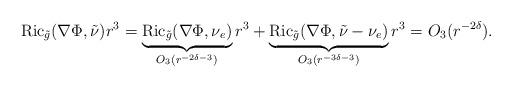
LaTeX: \begin{align*}\mathrm{Ric}_{\tilde{g}}(\nabla\Phi,\tilde{\nu})r^{3}&=\underbrace{\mathrm{Ric}_{\tilde{g}}(\nabla\Phi,\nu_e)}_{O_3(r^{-2\delta-3})}r^3 + \underbrace{\mathrm{Ric}_{\tilde{g}}(\nabla\Phi,\tilde{\nu}-\nu_e)}_{O_3(r^{-3\delta-3})}r^{3}=O_3(r^{-2\delta}).\end{align*}